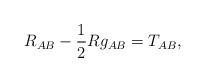
LaTeX: \begin{align*} R_{AB} - {1 \over 2}R g_{AB} = T_{AB},\end{align*}